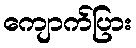
ကျောက်ပြား